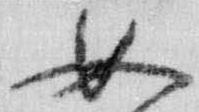
女